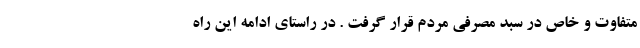
متفاوت و خاص در سبد مصرفی مردم قرار گرفت . در راستای ادامه این راه